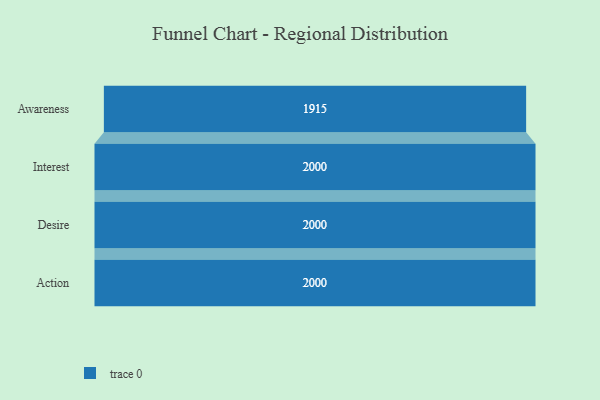
{"axis": {"x": "Stage", "y": "Value"}, "legend": [""], "data": [{"x": "Awareness", "y": 1915.0, "type": ""}, {"x": "Interest", "y": 2000, "type": ""}, {"x": "Desire", "y": 2000, "type": ""}, {"x": "Action", "y": 2000, "type": ""}]}